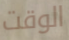
الوقت